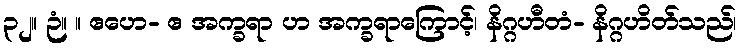
၃၂။ ဉံ။ ။ ဧဟေ- ဧ အက္ခရာ ဟ အက္ခရာကြောင့်၊ နိဂ္ဂဟီတံ- နိဂ္ဂဟိတ်သည်၊